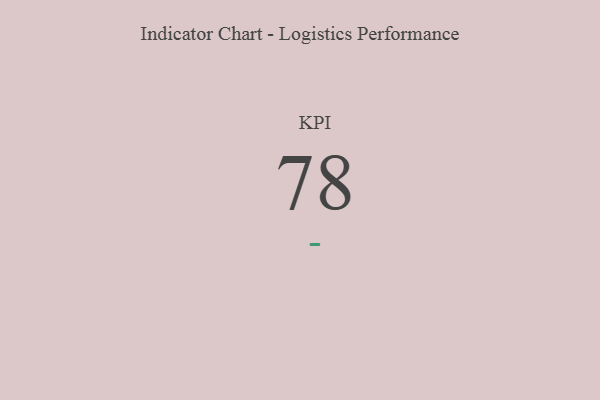
{"axis": {"x": "KPI", "y": "Value"}, "legend": [""], "data": [{"x": "KPI", "y": 78, "type": ""}]}